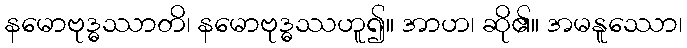
နမောဗုဒ္ဓဿာတိ၊ နမောဗုဒ္ဓဿဟူ၍။ အာဟ၊ ဆို၏။ အမနူဿော၊